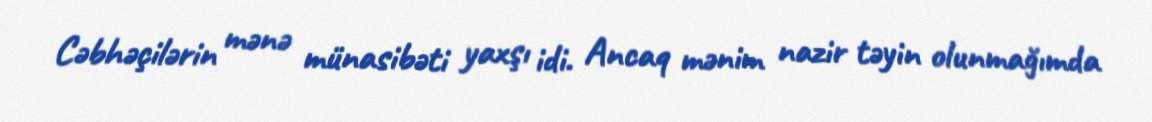
Cəbhəçilərin mənə münasibəti yaxşı idi. Ancaq mənim nazir təyin olunmağımda